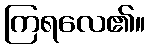
ကြရလေ၏။